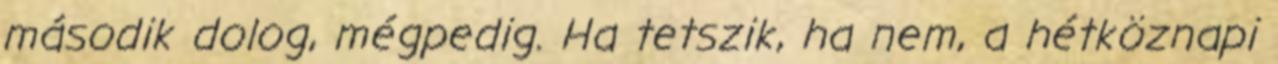
második dolog, mégpedig. Ha tetszik, ha nem, a hétköznapi